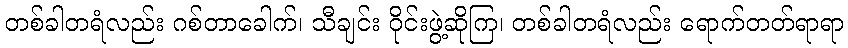
တစ်ခါတရံလည်း ဂစ်တာခေါက်၊ သီချင်း ဝိုင်းဖွဲ့ဆိုကြ၊ တစ်ခါတရံလည်း ရောက်တတ်ရာရာ